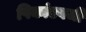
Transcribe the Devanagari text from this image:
पिकांएवजी